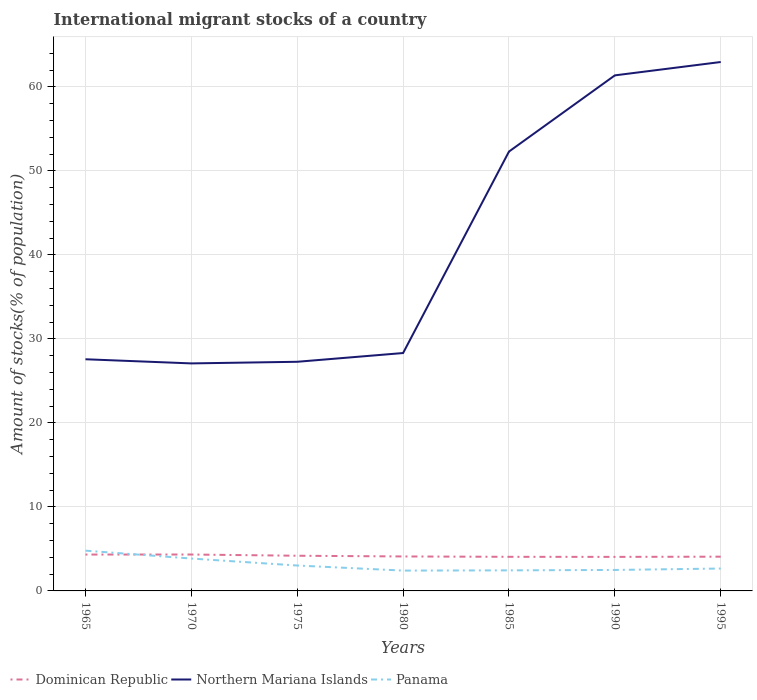
| Years | Dominican Republic | Northern Mariana Islands | Panama |
 | --- | --- | --- | --- |
 | 1965 | 4.33 | 27.6 | 4.79 |
 | 1970 | 4.33 | 27.1 | 3.85 |
 | 1975 | 4.19 | 27.3 | 3.02 |
 | 1980 | 4.1 | 28.3 | 2.42 |
 | 1985 | 4.06 | 52.3 | 2.45 |
 | 1990 | 4.05 | 61.4 | 2.5 |
 | 1995 | 4.08 | 63 | 2.67 |